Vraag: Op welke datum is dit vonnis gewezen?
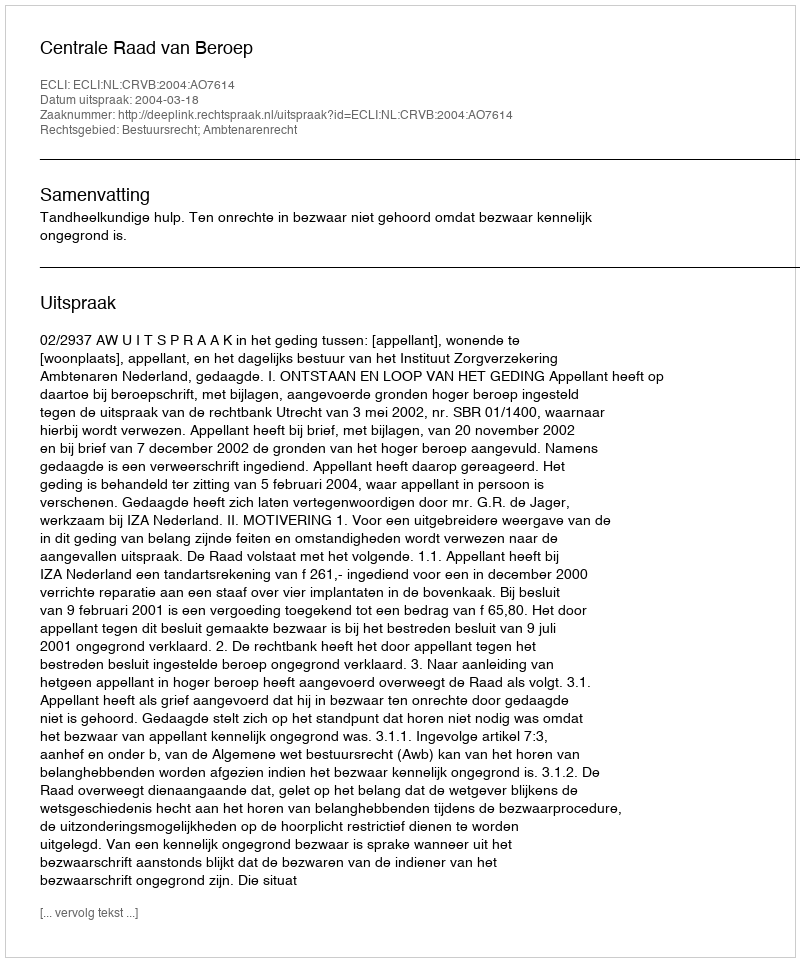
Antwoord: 2004-03-18